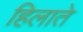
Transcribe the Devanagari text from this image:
हिलाते